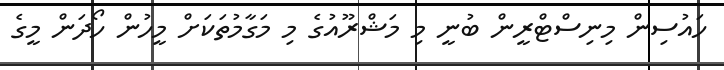
ހައުސިން މިނިސްޓްރީން ބުނީ މި މަޝްރޫއުގެ މި މަގާމުތަކަށް މީހުން ހޯދަން މީގެ